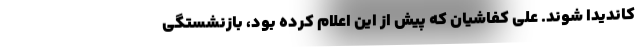
کاندیدا شوند. علی کفاشیان که پیش از این اعلام کرده بود، بازنشستگی